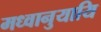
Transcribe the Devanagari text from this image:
मध्वानुयायि